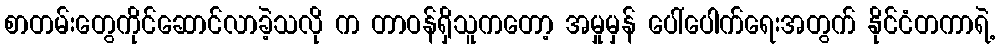
စာတမ်းတွေကိုင်ဆောင်လာခဲ့သလို က တာဝန်ရှိသူကတော့ အမှုမှန် ပေါ်ပေါက်ရေးအတွက် နိုင်ငံတကာရဲ့